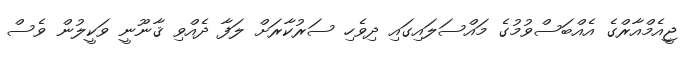
ޖީއެމްއާރްގެ އެއްބަސްވުމުގެ މައްސަލައިގައި ދިވެހި ސަރުކާރަށް ލަފާ ދެއްވި ޤާނޫނީ ވަކީލުން ވެސް